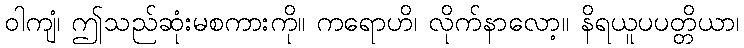
ဝါကျံ၊ ဤသည်ဆုံးမစကားကို။ ကရောဟိ၊ လိုက်နာလော့။ နိရယူပပတ္တိယာ၊